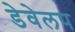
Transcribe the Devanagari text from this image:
डेवेलप